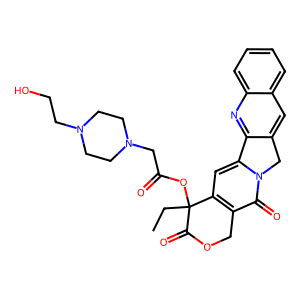
SMILES: CCC1(OC(=O)CN2CCN(CCO)CC2)C(=O)OCc2c1cc1n(c2=O)Cc2cc3ccccc3nc2-1
Inhibits HIV replication: No